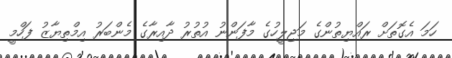
ހަމަ އެގޮތަށް ރައްޔިތުންގެ މަޖިލީހުގެ މާފަންނު އުތުރު ދާއިރާގެ މެންބަރު އިމްތިޔާޒު ފަހްމީ